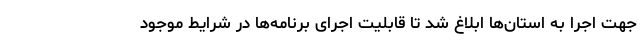
جهت اجرا به استان‌ها ابلاغ شد تا قابلیت اجرای برنامه‌ها در شرایط موجود